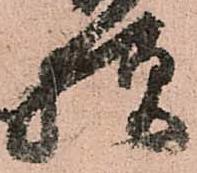
様